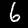
Label: 6